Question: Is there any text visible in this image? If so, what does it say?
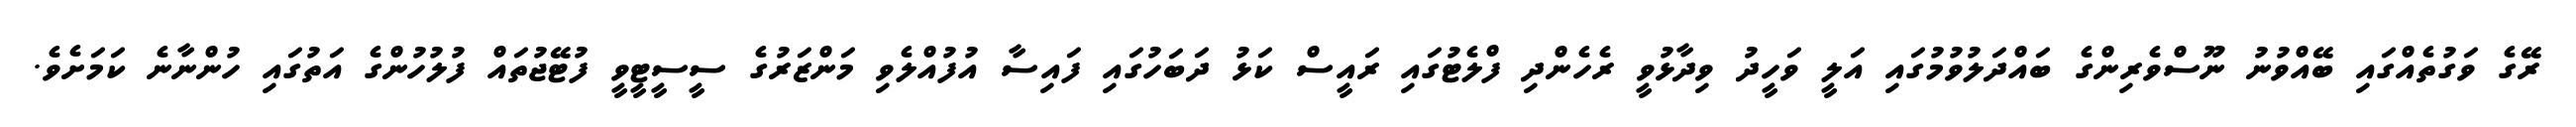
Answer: ރޭގެ ވަގުތެއްގައި ބޭއްވުނު ނޫސްވެރިންގެ ބައްދަލުވުމުގައި އަލީ ވަހީދު ވިދާޅުވީ ރެހެންދި ފްލެޓުގައި ރައީސް ކަޅު ދަބަހުގައި ފައިސާ އުފުއްލެވި މަންޒަރުގެ ސީސީޓީވީ ފުޓޭޖުތައް ފުލުހުންގެ އަތުގައި ހުންނާނެ ކަމަށެވެ.